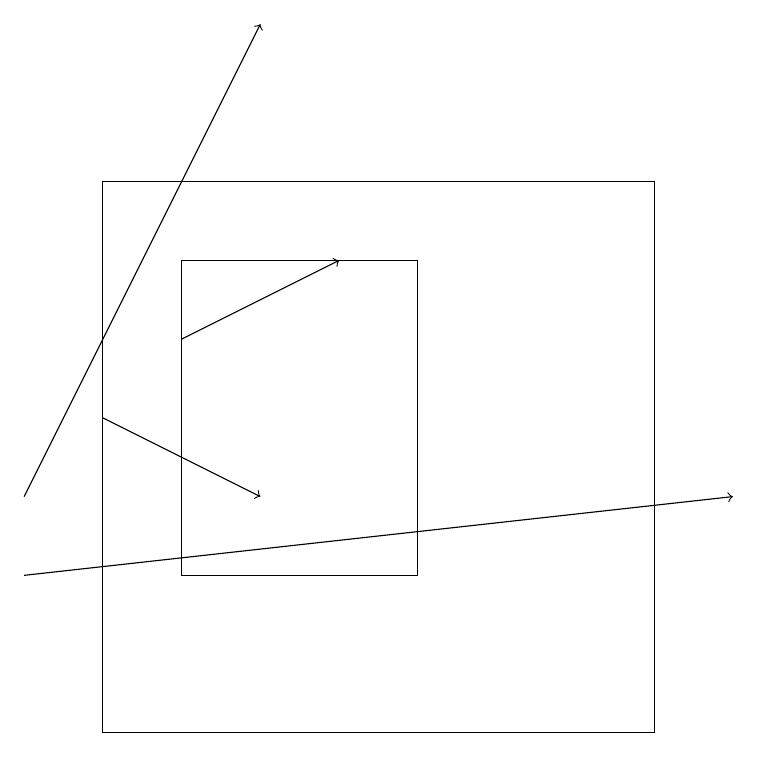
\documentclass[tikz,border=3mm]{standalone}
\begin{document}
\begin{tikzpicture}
\draw[->] (0,13) -- (3,19);
\draw[->] (0,12) -- (9,13);
\draw[->] (2,15) -- (4,16);
\draw (2,16) rectangle (5,12);
\draw (1,10) rectangle (8,17);
\draw[->] (1,14) -- (3,13);
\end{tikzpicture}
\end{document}